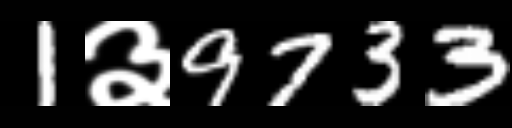
Text: 1३9733